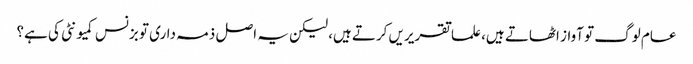
عام لوگ تو آواز اٹھاتے ہیں، علما تقریریں کرتے ہیں، لیکن یہ اصل ذمہ داری تو بزنس کمیونٹی کی ہے؟